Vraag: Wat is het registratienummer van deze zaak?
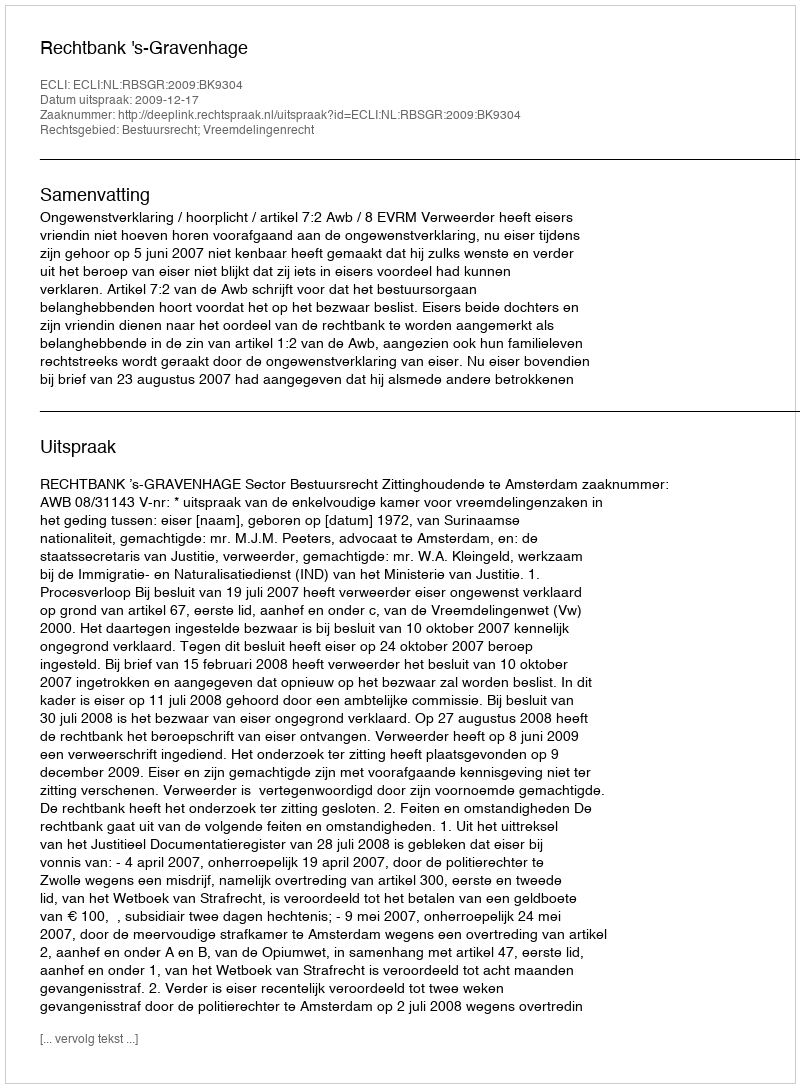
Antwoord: http://deeplink.rechtspraak.nl/uitspraak?id=ECLI:NL:RBSGR:2009:BK9304